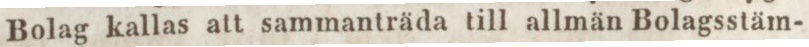
Bolag kallas att sammanträda till allmän Bolagsstäm-